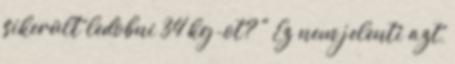
sikerült ledobni 34 kg-ot? " Ez nem jelenti azt,